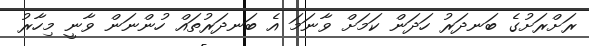
ރަށްރަށުގެ ބަނދަރު ހަދަން ކަމަށް ވާނަމަ އެ ބަނދަރުތައް ހުންނަން ވާނީ މިހާރު